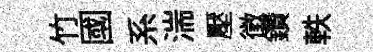
竹國系湍壓徴鑽軼